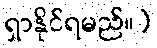
ရှာနိုင်ရမည်။)